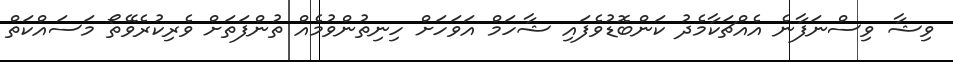
ވިޝާ ވިސްނަފާނެ އެއްޗަކާމެދު ކަންބޮޑުވެފައި ޝާހަމް އަވަހަށް ހިނިތުންވުމެއް ތުންފަތަށް ވެރިކުރެވޭތޯ މަސައްކަތް